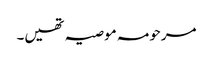
مرحومہ موصیہ تھیں۔